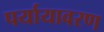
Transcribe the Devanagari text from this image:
पर्यायावरण